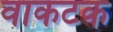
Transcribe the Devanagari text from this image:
वाकटक